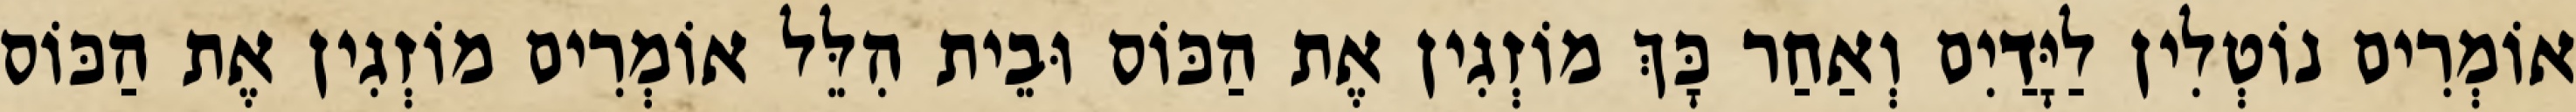
אוֹמְרִים נוֹטְלִין לַיָּדַיִם וְאַחַר כָּךְ מוֹזְגִין אֶת הַכּוֹס וּבֵית הִלֵּל אוֹמְרִים מוֹזְגִין אֶת הַכּוֹס